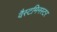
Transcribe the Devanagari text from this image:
वैस्टमिनस्टर